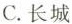
C.长城